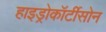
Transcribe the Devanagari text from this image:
हाइड्रोकॉर्टीसोन